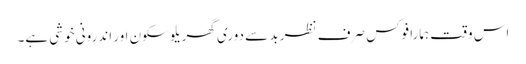
اس وقت ہمارا فوکس صرف نظر بد سے دوری گھریلو سکون اور اندرونی خوشی ہے۔